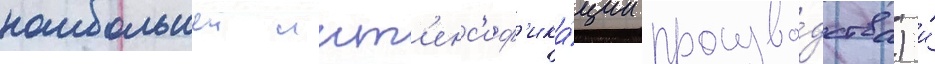
наибольшеи инт'енс'иф'ика́ции произво́дства) и́